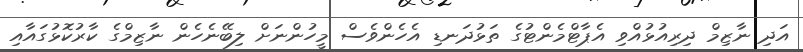
އަދި ނާޒިމް ދިރިއުޅުއްވި އެޕާޓްމެންޓުގެ ތަޅުދަނޑި އެހެންވެސް މީހުންނަށް ލިބޭނެހެން ނާޒިމްގެ ކާރުކޮޅުގައާއި